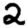
Digit: 2